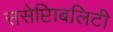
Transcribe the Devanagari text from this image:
ससेप्टिाबलिटी